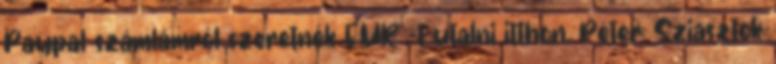
Paypal számlámról szeretnék EUR -t utalni itthon. Péter: Sziasztok